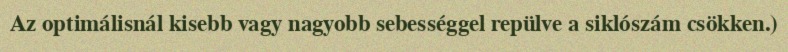
Az optimálisnál kisebb vagy nagyobb sebességgel repülve a siklószám csökken.)